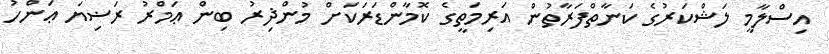
އިސްލާމީ ލަޝްކަރުގެ ކަނާތްފަރާތުން އަރިމަތީގެ ކޮމާންޑަރަކަށް މުންޛިރު ބިން ޢަމްރު ރަޟިޔަ ޢަންހު